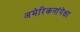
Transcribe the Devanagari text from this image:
अमेरिकनांपेक्षा